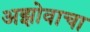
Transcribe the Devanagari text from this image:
अझोवाचा